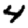
Digit: 4